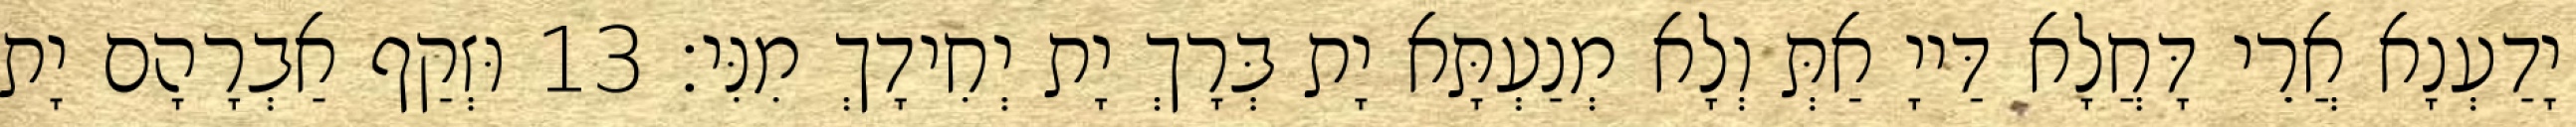
יָדַעְנָא אֲרֵי דָּחֲלָא דַּייָ אַתְּ וְלָא מְנַעְתָּא יָת בְּרָךְ יָת יְחִידָךְ מִנִּי׃ 13 וּזְקַף אַבְרָהָם יָת